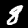
Label: 8